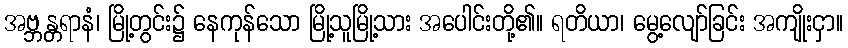
အဗ္ဘန္တရာနံ၊ မြို့တွင်း၌ နေကုန်သော မြို့သူမြို့သား အပေါင်းတို့၏။ ရတိယာ၊ မွေ့လျော်ခြင်း အကျိုးငှာ။